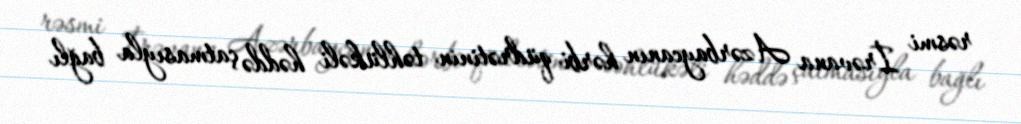
rəsmi İrəvana Azərbaycanın hərbi qüdrətinin təhlükəli həddə çatmasıyla bağlı